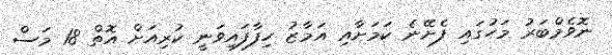
ނޮވެމްބަރު މަހުގައި ފެށޭނެ ކަމަށާއި އަމާޒު ހިފާފައިވަނީ ކުރިއަށް އޮތް 18 މަސް